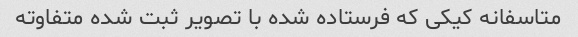
متاسفانه کیکی که فرستاده شده با تصویر ثبت شده متفاوته